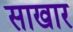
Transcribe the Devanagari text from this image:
साखार